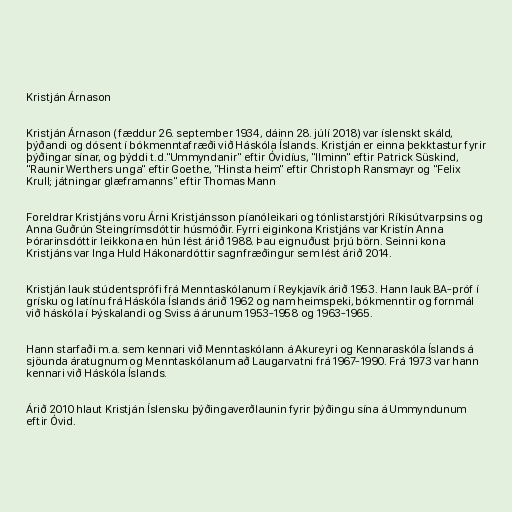
Kristján Árnason

Kristján Árnason (fæddur 26. september 1934, dáinn 28. júlí 2018) var íslenskt skáld,
þýðandi og dósent í bókmenntafræði við Háskóla Íslands. Kristján er einna þekktastur fyrir
þýðingar sínar, og þýddi t.d."Ummyndanir" eftir Óvidíus, "Ilminn" eftir Patrick Süskind,
"Raunir Werthers unga" eftir Goethe, "Hinsta heim" eftir Christoph Ransmayr og "Felix
Krull; játningar glæframanns" eftir Thomas Mann

For­eldr­ar Kristjáns voru Árni Kristjánsson píanóleikari og tónlistarstjóri Ríkisútvarpsins og
Anna Guðrún Steingrímsdóttir húsmóðir. Fyrri eiginkona Kristjáns var Kristín Anna
Þórarinsdóttir leikkona en hún lést árið 1988. Þau eignuðust þrjú börn. Seinni kona
Kristjáns var Inga Huld Hákonardóttir sagnfræðingur sem lést árið 2014.

Kristján lauk stúd­ents­prófi frá Menntaskólanum í Reykjavík árið 1953. Hann lauk BA-próf í
grísku og lat­ínu frá Háskóla Íslands árið 1962 og nam heim­speki, bók­mennt­ir og forn­mál­
við há­skóla í Þýskalandi og Sviss á ár­un­um 1953-1958 og 1963-1965.

Hann starfaði m.a. sem kenn­ari við Mennta­skól­ann á Ak­ur­eyri og Kenn­ara­skóla Íslands á
sjö­unda ára­tugn­um og Mennta­skól­an­um að Laug­ar­vatni frá 1967-1990. Frá 1973 var hann
kennari við Háskóla Íslands.

Árið 2010 hlaut Kristján Íslensku þýðingaverðlaunin fyrir þýðingu sína á Ummyndunum
eftir Óvid.